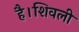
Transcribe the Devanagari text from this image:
है।शिवली